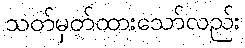
သတ်မှတ်ထားသော်လည်း